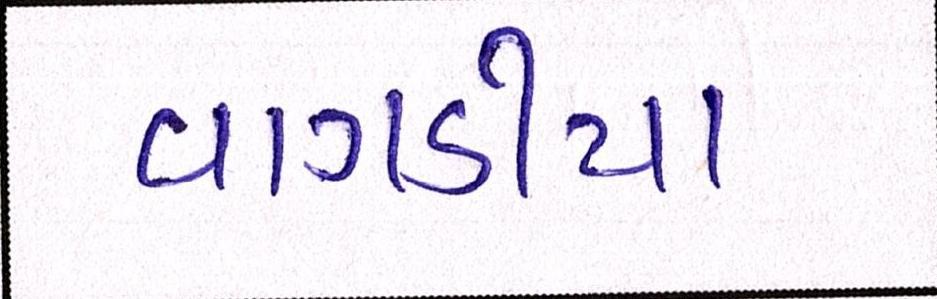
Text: વાગડીયા